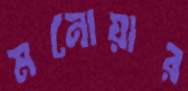
মনোয়ার